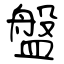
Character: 盤